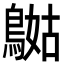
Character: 𪂯